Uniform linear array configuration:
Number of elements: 16
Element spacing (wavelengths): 0.5
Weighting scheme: blackman
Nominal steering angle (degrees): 15
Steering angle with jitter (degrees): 13.098
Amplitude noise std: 0.05
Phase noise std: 0.05

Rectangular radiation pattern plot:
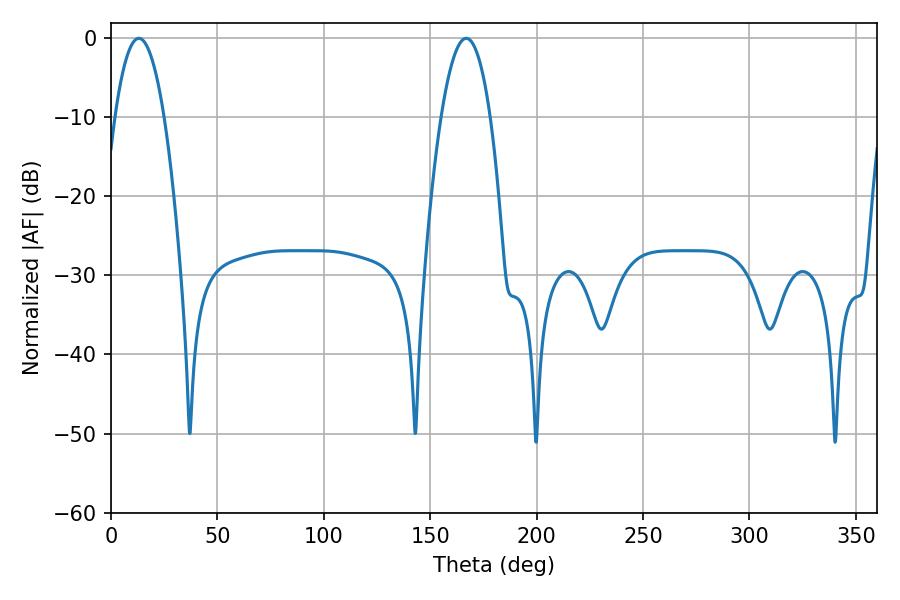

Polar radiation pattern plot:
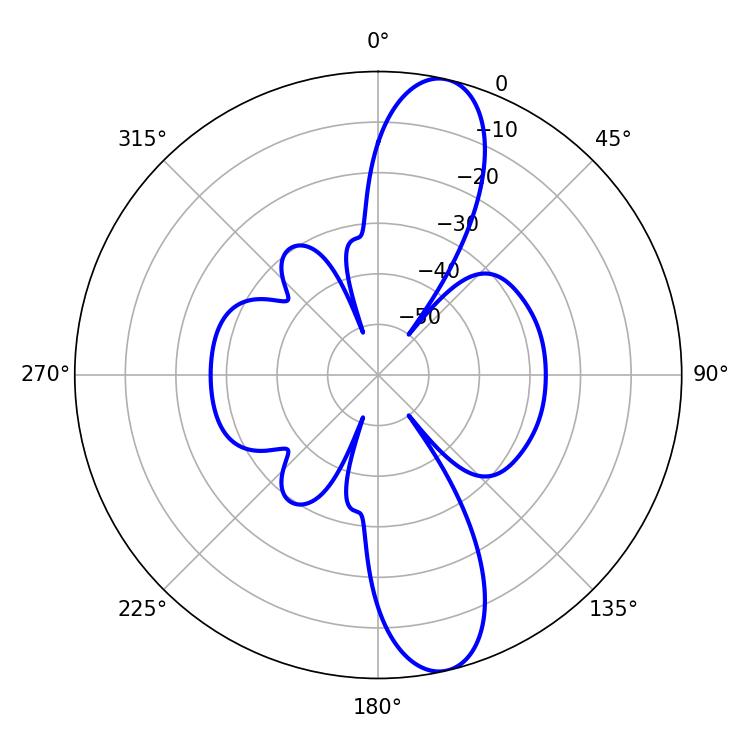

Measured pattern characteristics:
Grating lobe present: FALSE
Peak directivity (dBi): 12.635
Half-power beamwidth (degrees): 12.78
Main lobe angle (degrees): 13.14